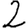
Digit: 2